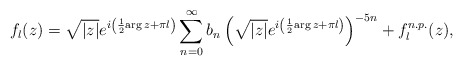
\begin{align*}f_l(z) =\sqrt{|z|} e^{i\left({1\over 2} {\rm arg}\, z +\pi l\right)}\sum_{n=0}^\infty b_n\left(\sqrt{|z|} e^{i\left({1\over 2} {\rm arg}\, z +\pi l\right)}\right)^{-5n}+f^{n.p.}_l(z),\end{align*}